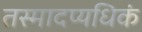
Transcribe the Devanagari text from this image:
तस्मादप्यधिकं